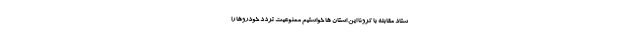
ستاد مقابله با کرونا این استان ها خواستیم ممنوعیت تردد خودروها را